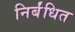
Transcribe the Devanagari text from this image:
निर्बंधित